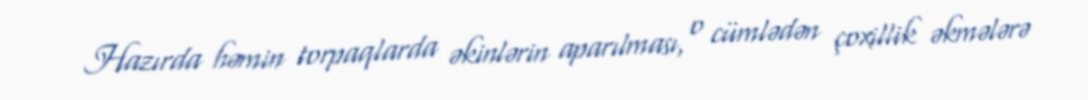
Hazırda həmin torpaqlarda əkinlərin aparılması, o cümlədən çoxillik əkmələrə